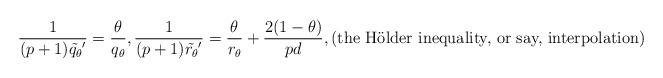
LaTeX: \begin{align*} \frac{1}{(p+1)\tilde{q_{\theta}}'}=\frac{\theta}{q_{\theta}}, \frac{1}{(p+1)\tilde{r_{\theta}}'}=\frac{\theta}{r_{\theta}}+\frac{2(1-\theta)}{pd},\textmd{(the H\"older inequality, or say, interpolation)}\end{align*}